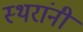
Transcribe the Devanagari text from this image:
स्थरांनी